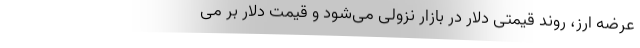
عرضه ارز، روند قیمتی دلار در بازار نزولی می‌شود و قیمت دلار بر می